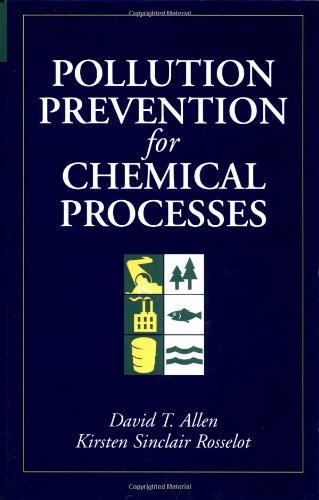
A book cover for Pollution Prevention for Chemical Processes; David T. Allen; Science & Math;